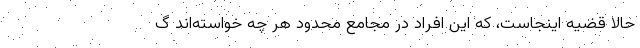
حالا قضیه اینجاست، که این افراد در مجامع محدود هر چه خواسته‌اند گ